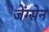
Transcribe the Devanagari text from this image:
जेंग्सेन